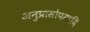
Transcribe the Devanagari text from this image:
अनुप्रासोपमादि